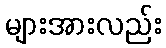
များအားလည်း